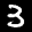
Label: 3